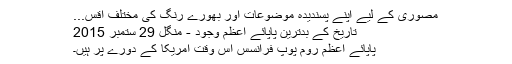
مصوری کے لیے اپنے پسندیدہ موضوعات اور بھورے رنگ کی مختلف اقس...
تاریخ کے بدترین پاپائے اعظم وجود - منگل 29 ستمبر 2015
پاپائے اعظم روم پوپ فرانسس اس وقت امریکا کے دورے پر ہیں۔